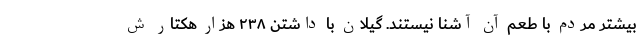
بیشتر مردم با طعم آن آشنا نیستند. گیلان با داشتن ۲۳۸ هزار هکتار ش